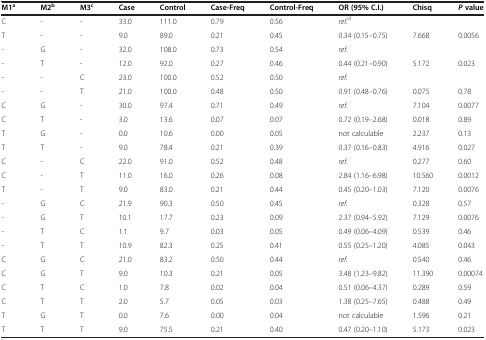
<table><thead><tr><td><b>M1<sup>a</sup></b></td><td><b>M2<sup>b</sup></b></td><td><b>M3<sup>c</sup></b></td><td><b>Case</b></td><td><b>Control</b></td><td><b>Case-Freq</b></td><td><b>Control-Freq</b></td><td><b>OR (95% C.I.)</b></td><td><b>Chisq</b></td><td><b><i>P</i>value</b></td></tr></thead><tbody><tr><td>C</td><td>-</td><td>-</td><td>33.0</td><td>111.0</td><td>0.79</td><td>0.56</td><td><i>ref.</i><sup>d</sup></td><td></td><td></td></tr><tr><td>T</td><td>-</td><td>-</td><td>9.0</td><td>89.0</td><td>0.21</td><td>0.45</td><td>0.34 (0.15–0.75)</td><td>7.668</td><td>0.0056</td></tr><tr><td>-</td><td>G</td><td>-</td><td>32.0</td><td>108.0</td><td>0.73</td><td>0.54</td><td><i>ref.</i></td><td></td><td></td></tr><tr><td>-</td><td>T</td><td>-</td><td>12.0</td><td>92.0</td><td>0.27</td><td>0.46</td><td>0.44 (0.21–0.90)</td><td>5.172</td><td>0.023</td></tr><tr><td>-</td><td>-</td><td>C</td><td>23.0</td><td>100.0</td><td>0.52</td><td>0.50</td><td><i>ref.</i></td><td></td><td></td></tr><tr><td>-</td><td>-</td><td>T</td><td>21.0</td><td>100.0</td><td>0.48</td><td>0.50</td><td>0.91 (0.48–0.76)</td><td>0.075</td><td>0.78</td></tr><tr><td>C</td><td>G</td><td>-</td><td>30.0</td><td>97.4</td><td>0.71</td><td>0.49</td><td><i>ref.</i></td><td>7.104</td><td>0.0077</td></tr><tr><td>C</td><td>T</td><td>-</td><td>3.0</td><td>13.6</td><td>0.07</td><td>0.07</td><td>0.72 (0.19–2.68)</td><td>0.018</td><td>0.89</td></tr><tr><td>T</td><td>G</td><td>-</td><td>0.0</td><td>10.6</td><td>0.00</td><td>0.05</td><td>not calculable</td><td>2.237</td><td>0.13</td></tr><tr><td>T</td><td>T</td><td>-</td><td>9.0</td><td>78.4</td><td>0.21</td><td>0.39</td><td>0.37 (0.16–0.83)</td><td>4.916</td><td>0.027</td></tr><tr><td>C</td><td>-</td><td>C</td><td>22.0</td><td>91.0</td><td>0.52</td><td>0.48</td><td><i>ref.</i></td><td>0.277</td><td>0.60</td></tr><tr><td>C</td><td>-</td><td>T</td><td>11.0</td><td>16.0</td><td>0.26</td><td>0.08</td><td>2.84 (1.16–6.98)</td><td>10.560</td><td>0.0012</td></tr><tr><td>T</td><td>-</td><td>T</td><td>9.0</td><td>83.0</td><td>0.21</td><td>0.44</td><td>0.45 (0.20–1.03)</td><td>7.120</td><td>0.0076</td></tr><tr><td>-</td><td>G</td><td>C</td><td>21.9</td><td>90.3</td><td>0.50</td><td>0.45</td><td><i>ref.</i></td><td>0.328</td><td>0.57</td></tr><tr><td>-</td><td>G</td><td>T</td><td>10.1</td><td>17.7</td><td>0.23</td><td>0.09</td><td>2.37 (0.94–5.92)</td><td>7.129</td><td>0.0076</td></tr><tr><td>-</td><td>T</td><td>C</td><td>1.1</td><td>9.7</td><td>0.03</td><td>0.05</td><td>0.49 (0.06–4.09)</td><td>0.539</td><td>0.46</td></tr><tr><td>-</td><td>T</td><td>T</td><td>10.9</td><td>82.3</td><td>0.25</td><td>0.41</td><td>0.55 (0.25–1.20)</td><td>4.085</td><td>0.043</td></tr><tr><td>C</td><td>G</td><td>C</td><td>21.0</td><td>83.2</td><td>0.50</td><td>0.44</td><td><i>ref.</i></td><td>0.540</td><td>0.46</td></tr><tr><td>C</td><td>G</td><td>T</td><td>9.0</td><td>10.3</td><td>0.21</td><td>0.05</td><td>3.48 (1.23–9.82)</td><td>11.390</td><td>0.00074</td></tr><tr><td>C</td><td>T</td><td>C</td><td>1.0</td><td>7.8</td><td>0.02</td><td>0.04</td><td>0.51 (0.06–4.37)</td><td>0.289</td><td>0.59</td></tr><tr><td>C</td><td>T</td><td>T</td><td>2.0</td><td>5.7</td><td>0.05</td><td>0.03</td><td>1.38 (0.25–7.65)</td><td>0.488</td><td>0.49</td></tr><tr><td>T</td><td>G</td><td>T</td><td>0.0</td><td>7.6</td><td>0.00</td><td>0.04</td><td>not calculable</td><td>1.596</td><td>0.21</td></tr><tr><td>T</td><td>T</td><td>T</td><td>9.0</td><td>75.5</td><td>0.21</td><td>0.40</td><td>0.47 (0.20–1.10)</td><td>5.173</td><td>0.023</td></tr></tbody></table>